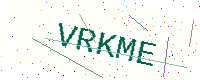
Text: VRKME